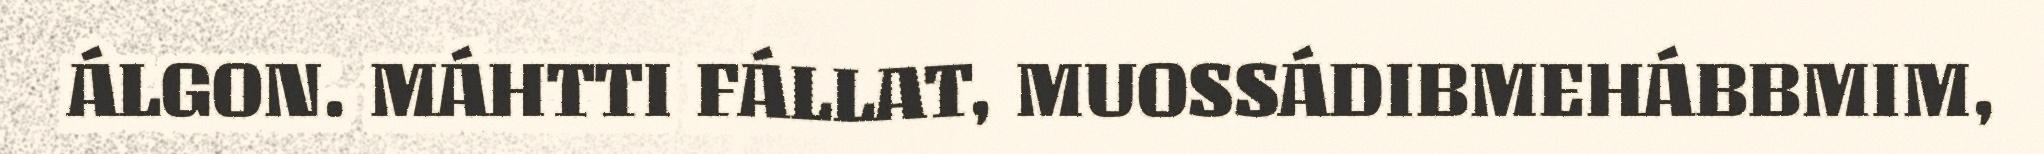
ÁLGON. MÁHTTI FÁLLAT, MUOSSÁDIBMEHÁBBMIM,